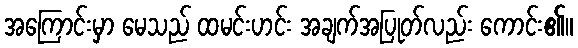
အကြောင်းမှာ မေသည် ထမင်းဟင်း အချက်အပြုတ်လည်း ကောင်း၏။